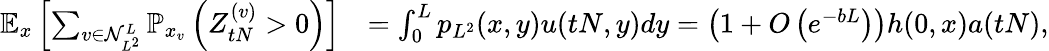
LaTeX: \begin{array}{rl}{\mathbb{E}_{x}\left[\sum_{v\in\mathcal{N}_{L^{2}}^{L}}\mathbb{P}_{x_{v}}\left(Z_{tN}^{(v)}>0\right)\right]}&{=\int_{0}^{L}p_{L^{2}}(x,y)u(tN,y)dy=\left(1+O\left(e^{-bL}\right)\right)h(0,x)a(tN),}\end{array}